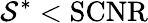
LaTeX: \mathcal{S}^{*}<\mathrm{SCNR}